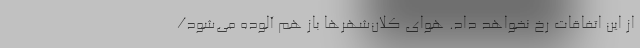
از این اتفاقات رخ نخواهد داد. هوای کلان‌شهرها باز هم آلوده می‌شود/